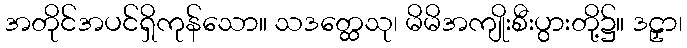
အတိုင်အပင်ရှိကုန်သော။ သဒတ္ထေသု၊ မိမိအကျိုးစီးပွားတို့၌။ ဒဠှာ၊